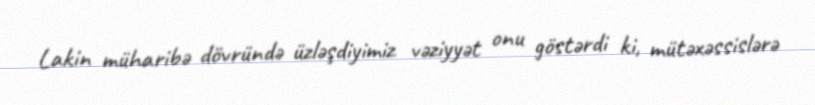
Lakin müharibə dövründə üzləşdiyimiz vəziyyət onu göstərdi ki, mütəxəssislərə